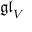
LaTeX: { \mathfrak { g l } } _ { V }